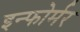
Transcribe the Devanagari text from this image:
इन्फोर्मर